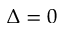
\Delta = 0